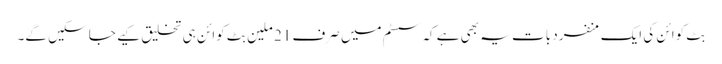
بِٹ کوائن کی ایک منفرد بات یہ بھی ہے کہ سسٹم میں صرف 21 ملین بِٹ کوائن ہی تخلیق کیے جا سکیں گے۔